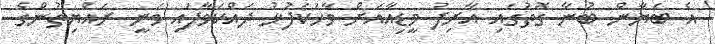
އެ ބަޔާން ބުނާ ގޮތުގައި އާރިފު މީޑިއާއަށް ވާހަކަފުޅު ދައްކަވާފައި ވަނީ ރައްޔިތުންގެ